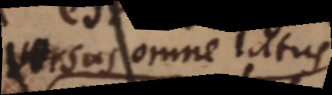
versus omne latus